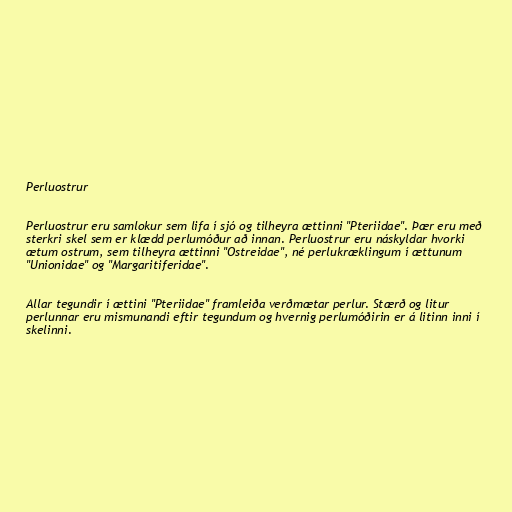
Perluostrur

Perluostrur eru samlokur sem lifa í sjó og tilheyra ættinni "Pteriidae". Þær eru með
sterkri skel sem er klædd perlumóður að innan. Perluostrur eru náskyldar hvorki
ætum ostrum, sem tilheyra ættinni "Ostreidae", né perlukræklingum í ættunum
"Unionidae" og "Margaritiferidae".

Allar tegundir í ættini "Pteriidae" framleiða verðmætar perlur. Stærð og litur
perlunnar eru mismunandi eftir tegundum og hvernig perlumóðirin er á litinn inni í
skelinni.